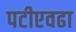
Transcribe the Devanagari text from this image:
पटीएवढा